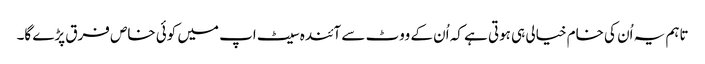
تاہم یہ اُن کی خام خیالی ہی ہوتی ہے کہ اُن کے ووٹ سے آئندہ سیٹ اپ میں کوئی خاص فرق پڑے گا۔